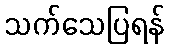
သက်သေပြရန်